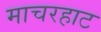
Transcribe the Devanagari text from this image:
माचरहाट